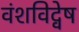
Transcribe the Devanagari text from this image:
वंशविद्वेष